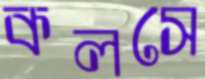
কলসে